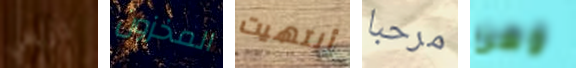
تاريخي المخزون أنتهيت مرحبا وهن